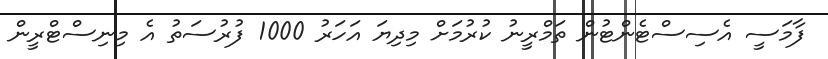
ފާމަސީ އެސިސްޓެންޓުން ތަމްރީނު ކުރުމަށް މިދިޔަ އަހަރު 1000 ފުރުސަތު އެ މިނިސްޓްރީން